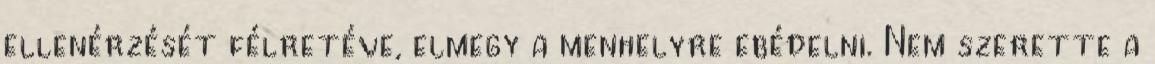
ellenérzését félretéve, elmegy a menhelyre ebédelni. Nem szerette a